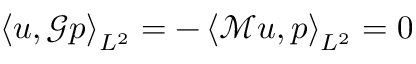
\left< \boldsymbol { u } , \mathcal { G } p \right> _ { L ^ { 2 } } = - \left< \mathcal { M } \boldsymbol { u } , p \right> _ { L ^ { 2 } } = 0